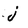
Character: j